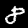
Digit: 8